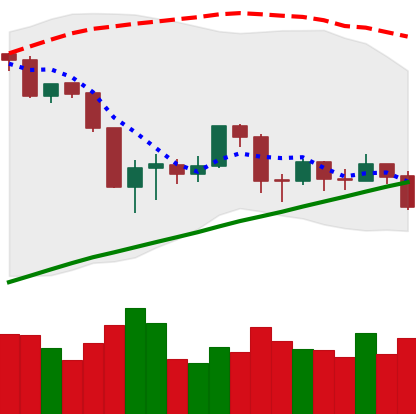
Ticker: BTC-USD
Chart end date: 2019-08-28
Forward return: 6.073%
Label: up_5_7